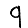
Digit: 9